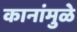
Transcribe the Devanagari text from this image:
कानांमुळे